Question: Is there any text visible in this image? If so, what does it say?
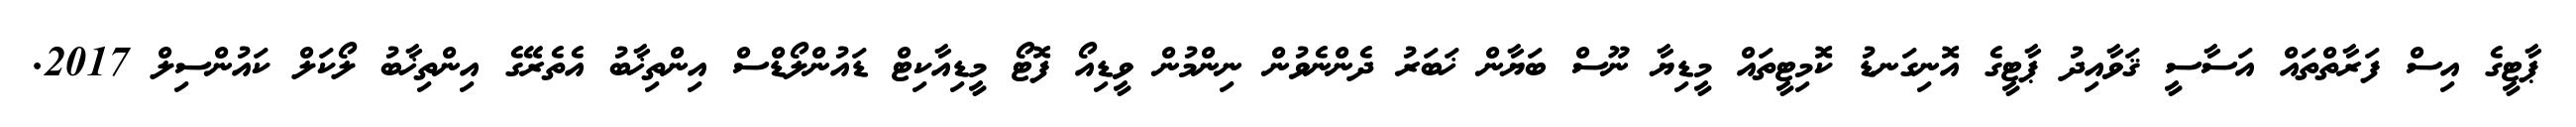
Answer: ޕާޓީގެ އިސް ފަރާތްތައް އަސާސީ ޤަވާއިދު ޕާޓީގެ އޮނިގަނޑު ކޮމިޓީތައް މީޑިޔާ ނޫސް ބަޔާން ޚަބަރު ދެންނެވުން ނިންމުން ވީޑިއޯ ފޮޓޯ މީޑިއާކިޓް ޑައުންލޯޑްސް އިންތިޚާބު އެތެރޭގެ އިންތިޚާބު ލޯކަލް ކައުންސިލް 2017.